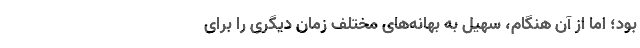
بود؛ اما از آن هنگام، سهیل به بهانه‌های مختلف زمان دیگری را برای